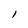
Character: l